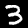
Digit: 3